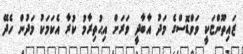
ޒައިތޫންޏަކީ ވަވްޑޮސްގެ މަދު އާބާދީ ވަރަށް އިޙުތިރާމު ކުރާ އެކަމަކު މަދުން ހެދޭ